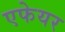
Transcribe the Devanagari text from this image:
एफेयर